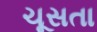
ચૂસતા